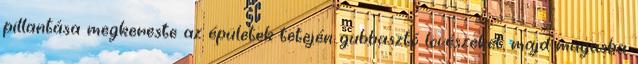
pillantása megkereste az épületek tetején gubbasztó lövészeket, majd magasba